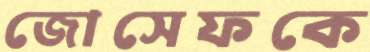
জোসেফকে